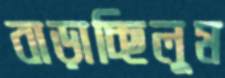
বাড়াচ্ছিলুম